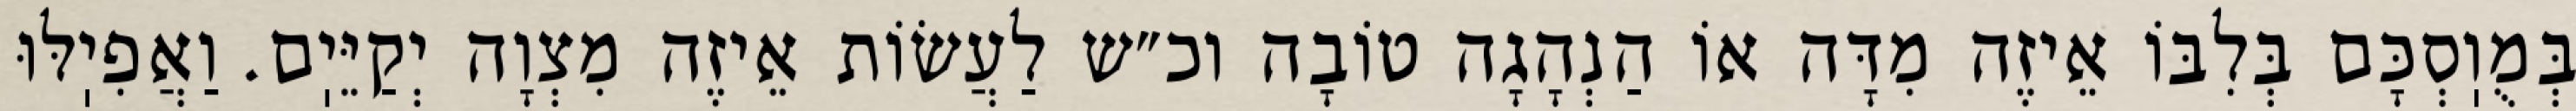
בְּמֻוֽסְכָּם בְּלִבּוֹ אֵיזֶה מִדָּה אוֹ הַנְהָגָה טוֹבָה וכ״ש לַעֲשׂוֹת אֵיזֶה מִצְוָה יְקַיֵּיֽם. וַאֲפִיֽלּוּ